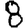
Digit: 8